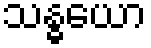
သန္ဓယော